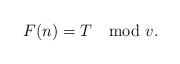
LaTeX: \begin{align*}F(n) = T \mod v.\end{align*}